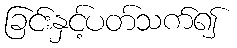
ခြင်းနှင့်ပတ်သက်၍